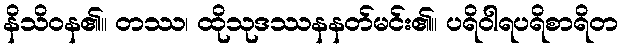
နိသိဝန၏။ တဿ၊ ထိုသုဒဿနနတ်မင်း၏။ ပရိဝါရပရိစာရိတ